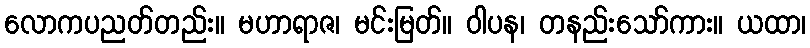
လောကပညတ်တည်း။ မဟာရာဇ၊ မင်းမြတ်။ ဝါပန၊ တနည်းသော်ကား။ ယထာ၊